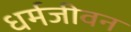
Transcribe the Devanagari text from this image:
धर्मजीवन